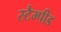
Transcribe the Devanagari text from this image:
स्टैम्पीड